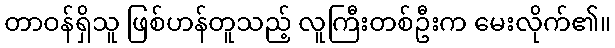
တာဝန်ရှိသူ ဖြစ်ဟန်တူသည့် လူကြီးတစ်ဦးက မေးလိုက်၏။